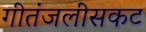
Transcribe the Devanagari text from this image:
गीतंजलीसकट